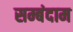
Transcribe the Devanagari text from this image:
सम्बंदाम